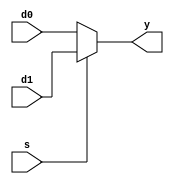
`timescale 1ns / 1ps
//////////////////////////////////////////////////////////////////////////////////
// Company: 
// Engineer: 
// 
// Design Name: 
// Module Name:    mux2_4bit 
// Project Name: 
// Target Devices: 
// Tool versions: 
// Description: 
//
// Dependencies: 
//
// Revision: 
// Revision 0.01 - File Created
// Additional Comments: 
//
//////////////////////////////////////////////////////////////////////////////////
module mux2_4bit #(parameter WIDTH = 4)
             (input  [WIDTH-1:0] d0, d1, 
              input              s, 
              output [WIDTH-1:0] y);

   assign y = s ? d1 : d0; 
endmodule